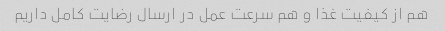
هم از کیفیت غذا و هم سرعت عمل در ارسال رضایت کامل داریم